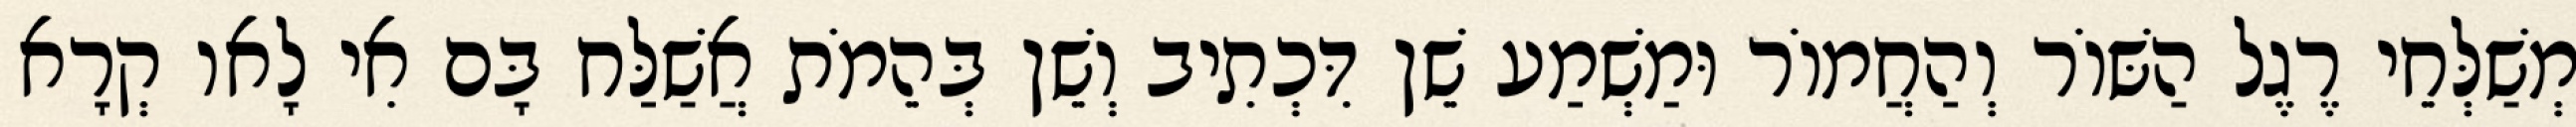
מְשַׁלְּחֵי רֶגֶל הַשּׁוֹר וְהַחֲמוֹר וּמַשְׁמַע שֵׁן דִּכְתִיב וְשֵׁן בְּהֵמֹת אֲשַׁלַּח בָּם אִי לָאו קְרָא